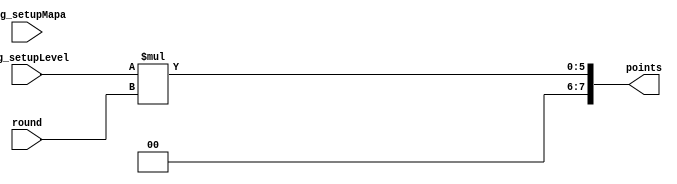
module logica
(
	reg_setupLevel,
	round,
	reg_setupMapa,
	points
);

input wire [1:0]reg_setupLevel;
input wire [1:0]reg_setupMapa;
input wire [3:0]round;
output wire [7:0]points;


assign points = reg_setupLevel * round;

endmodule